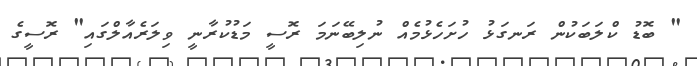
" ބޮޑު ކްލަބަކުން ރަނގަޅު ހުށަހެޅުމެއް ނުލިބޭނަމަ ރޮސީ މަޑުކުރާނީ ވިލަރެއާލްގައި" ރޮސީގެ